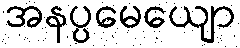
အနပ္ပမေယျော